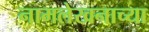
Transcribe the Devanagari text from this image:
नामलेखनाच्या